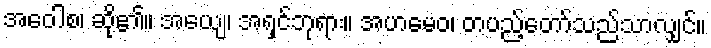
အဝေါစ၊ ဆို၏။ အယျေ၊ အရှင်ဘုရား။ အဟမေဝ၊ တပည့်တော်သည်သာလျှင်။